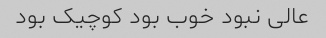
عالی نبود خوب بود کوچیک بود